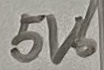
Text: 5V6